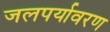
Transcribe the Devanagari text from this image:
जलपर्यावरण